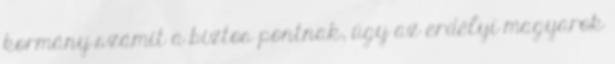
kormány számít a biztos pontnak, úgy az erdélyi magyarok